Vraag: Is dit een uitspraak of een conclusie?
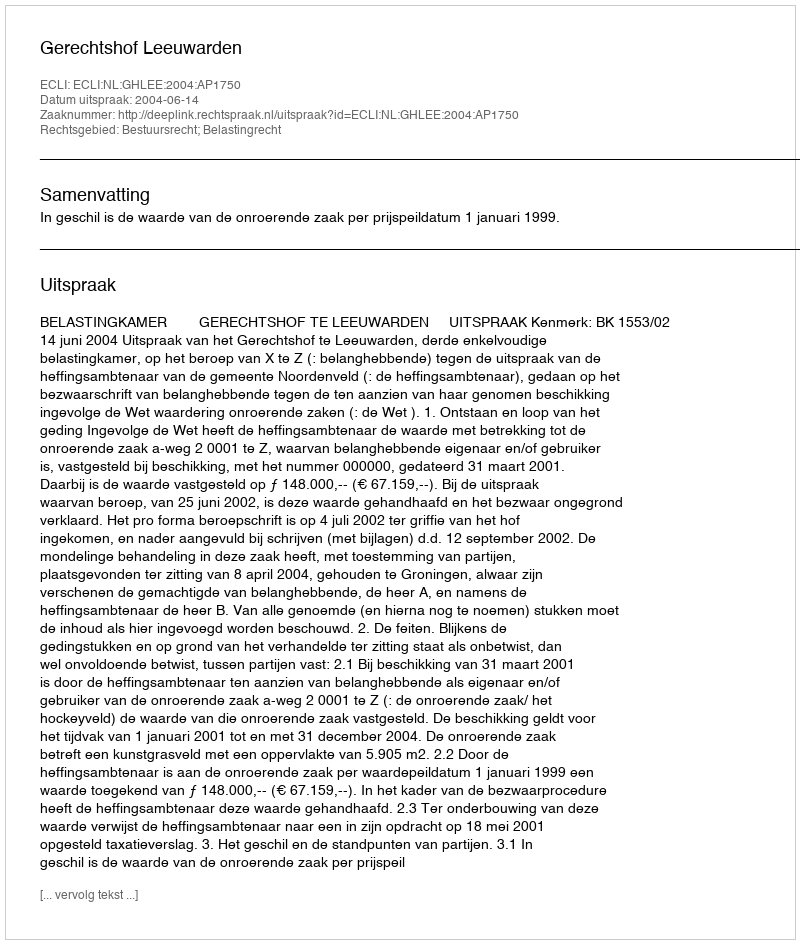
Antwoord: Uitspraak